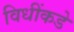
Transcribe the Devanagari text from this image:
विधींकडे